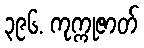
၃၉၆. ကုက္ကုဇာတ်